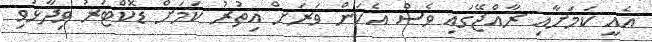
އެއީ ކަމަށާއި ރާއްޖޭގައި ވެސް އެކަން ވަރަށް އިތުރު ކަމަށް ޑޮކްޓަރު ވިދާޅުވި